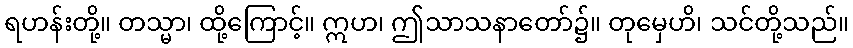
ရဟန်းတို့။ တသ္မာ၊ ထို့ကြောင့်။ ဣဟ၊ ဤသာသနာတော်၌။ တုမှေဟိ၊ သင်တို့သည်။